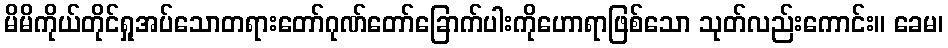
မိမိကိုယ်တိုင်ရှုအပ်သောတရားတော်ဂုဏ်တော်ခြောက်ပါးကိုဟောရာဖြစ်သော သုတ်လည်းကောင်း။ ခေမ၊